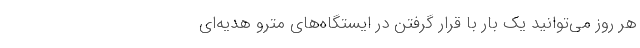
هر روز می‌توانید یک بار با قرار گرفتن در ایستگاه‌های مترو هدیه‌ای